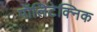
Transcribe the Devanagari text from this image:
पॉलिटेक्‍निक